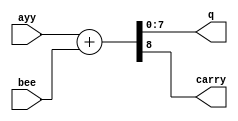
module vpl_8badd_v(ayy,bee,q,carry);
	input[7:0] ayy,bee;
	output[7:0] q;
	output carry;
	
	assign {carry,q} = ayy + bee;
	
endmodule